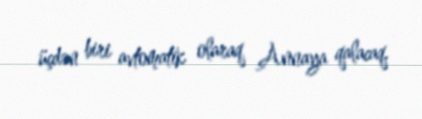
üçdən biri avtomatik olaraq Annaya qalacaq.